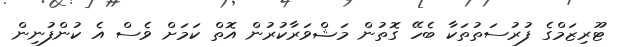
ޓޫރިޒަމްގެ ފުރުސަތުތަކާ ބެހޭ ގޮތުން މަޝްވަރާކުރުން އޮތް ކަމަށް ވެސް އެ ކުންފުނިން